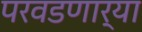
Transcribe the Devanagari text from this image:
परवडणार्‍या